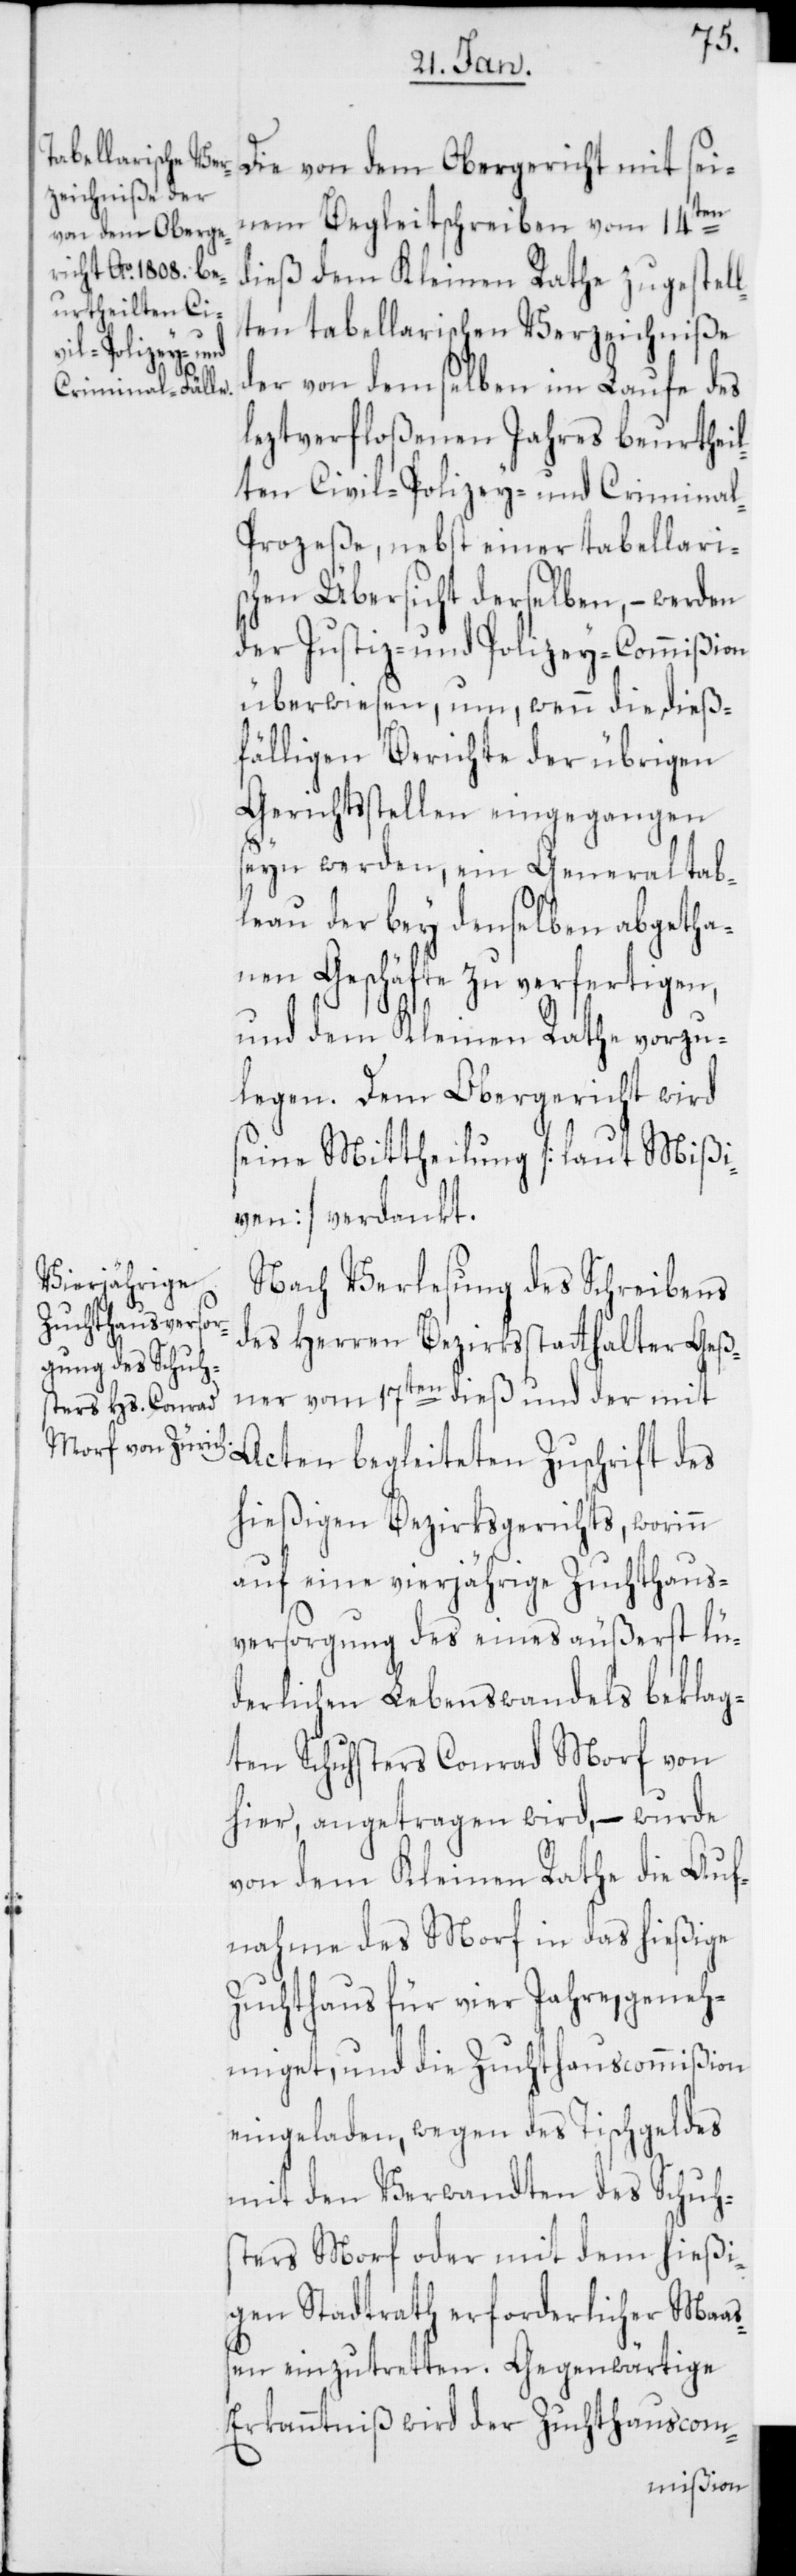
Die von dem Obergericht mit sei¬
nem Begleitschreiben vom 14ten
dieß dem Kleinen Rathe zugestel¬
lten tabellarischen Verzeichniße
der von demselben im Laufe des
leztverfloßenen Jahres beurtheil¬
ten Civil-[,] Polizey- und Crimina¬
l-Prozeße, nebst einer tabellari¬
schen Übersicht derselben, – werden
der Justiz- und Polizey-Commißion
überwiesen, um, wenn die dieß¬
fälligen Berichte der übrigen
Gerichtsstellen eingegangen
seyn werden, ein Generaltab¬
leau der bey denselben abgetha¬
nen Geschäfte zu verfertigen,
und dem Kleinen Rathe vorzu¬
legen. Dem Obergericht wird
seine Mittheilung [laut Mißi¬
ven] verdankt.
Nach Verlesung des Schreibens
des Herren Bezirksstatthalters Geß¬
ner vom 17ten dieß und der mit
Acten begleiteten Zuschrift des
hießigen Bezirksgerichts, worinn
auf eine vierjährige Zuchthaus¬
versorgung des eines äußerst lü¬
derlichen Lebenswandels beklag¬
ten Schusters Conrad Morf von
hier, angetragen wird, – wurde
von dem Kleinen Rathe die Auf¬
nahme des Morf in das hießige
Zuchthaus für vier Jahre, geneh¬
miget, und die Zuchthauscommißion
eingeladen, wegen des Tischgeldes
mit den Verwandten des Schus¬
ters Morf oder mit dem hießi¬
gen Stadtrath erforderlicher Maas¬
sen einzutretten. Gegenwärtige
Erkanntniß wird der Zuchthauscom-